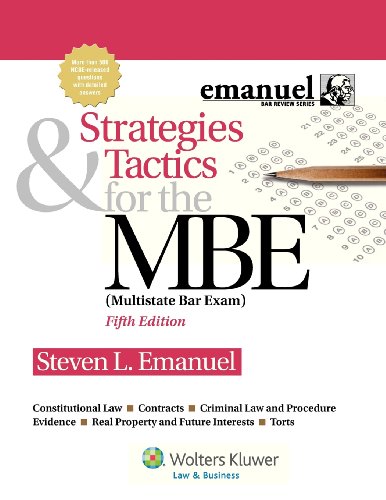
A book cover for Strategies & Tactics for the MBE, Fifth Edition (Emanuel Bar Review); Steven L. Emanuel; Test Preparation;